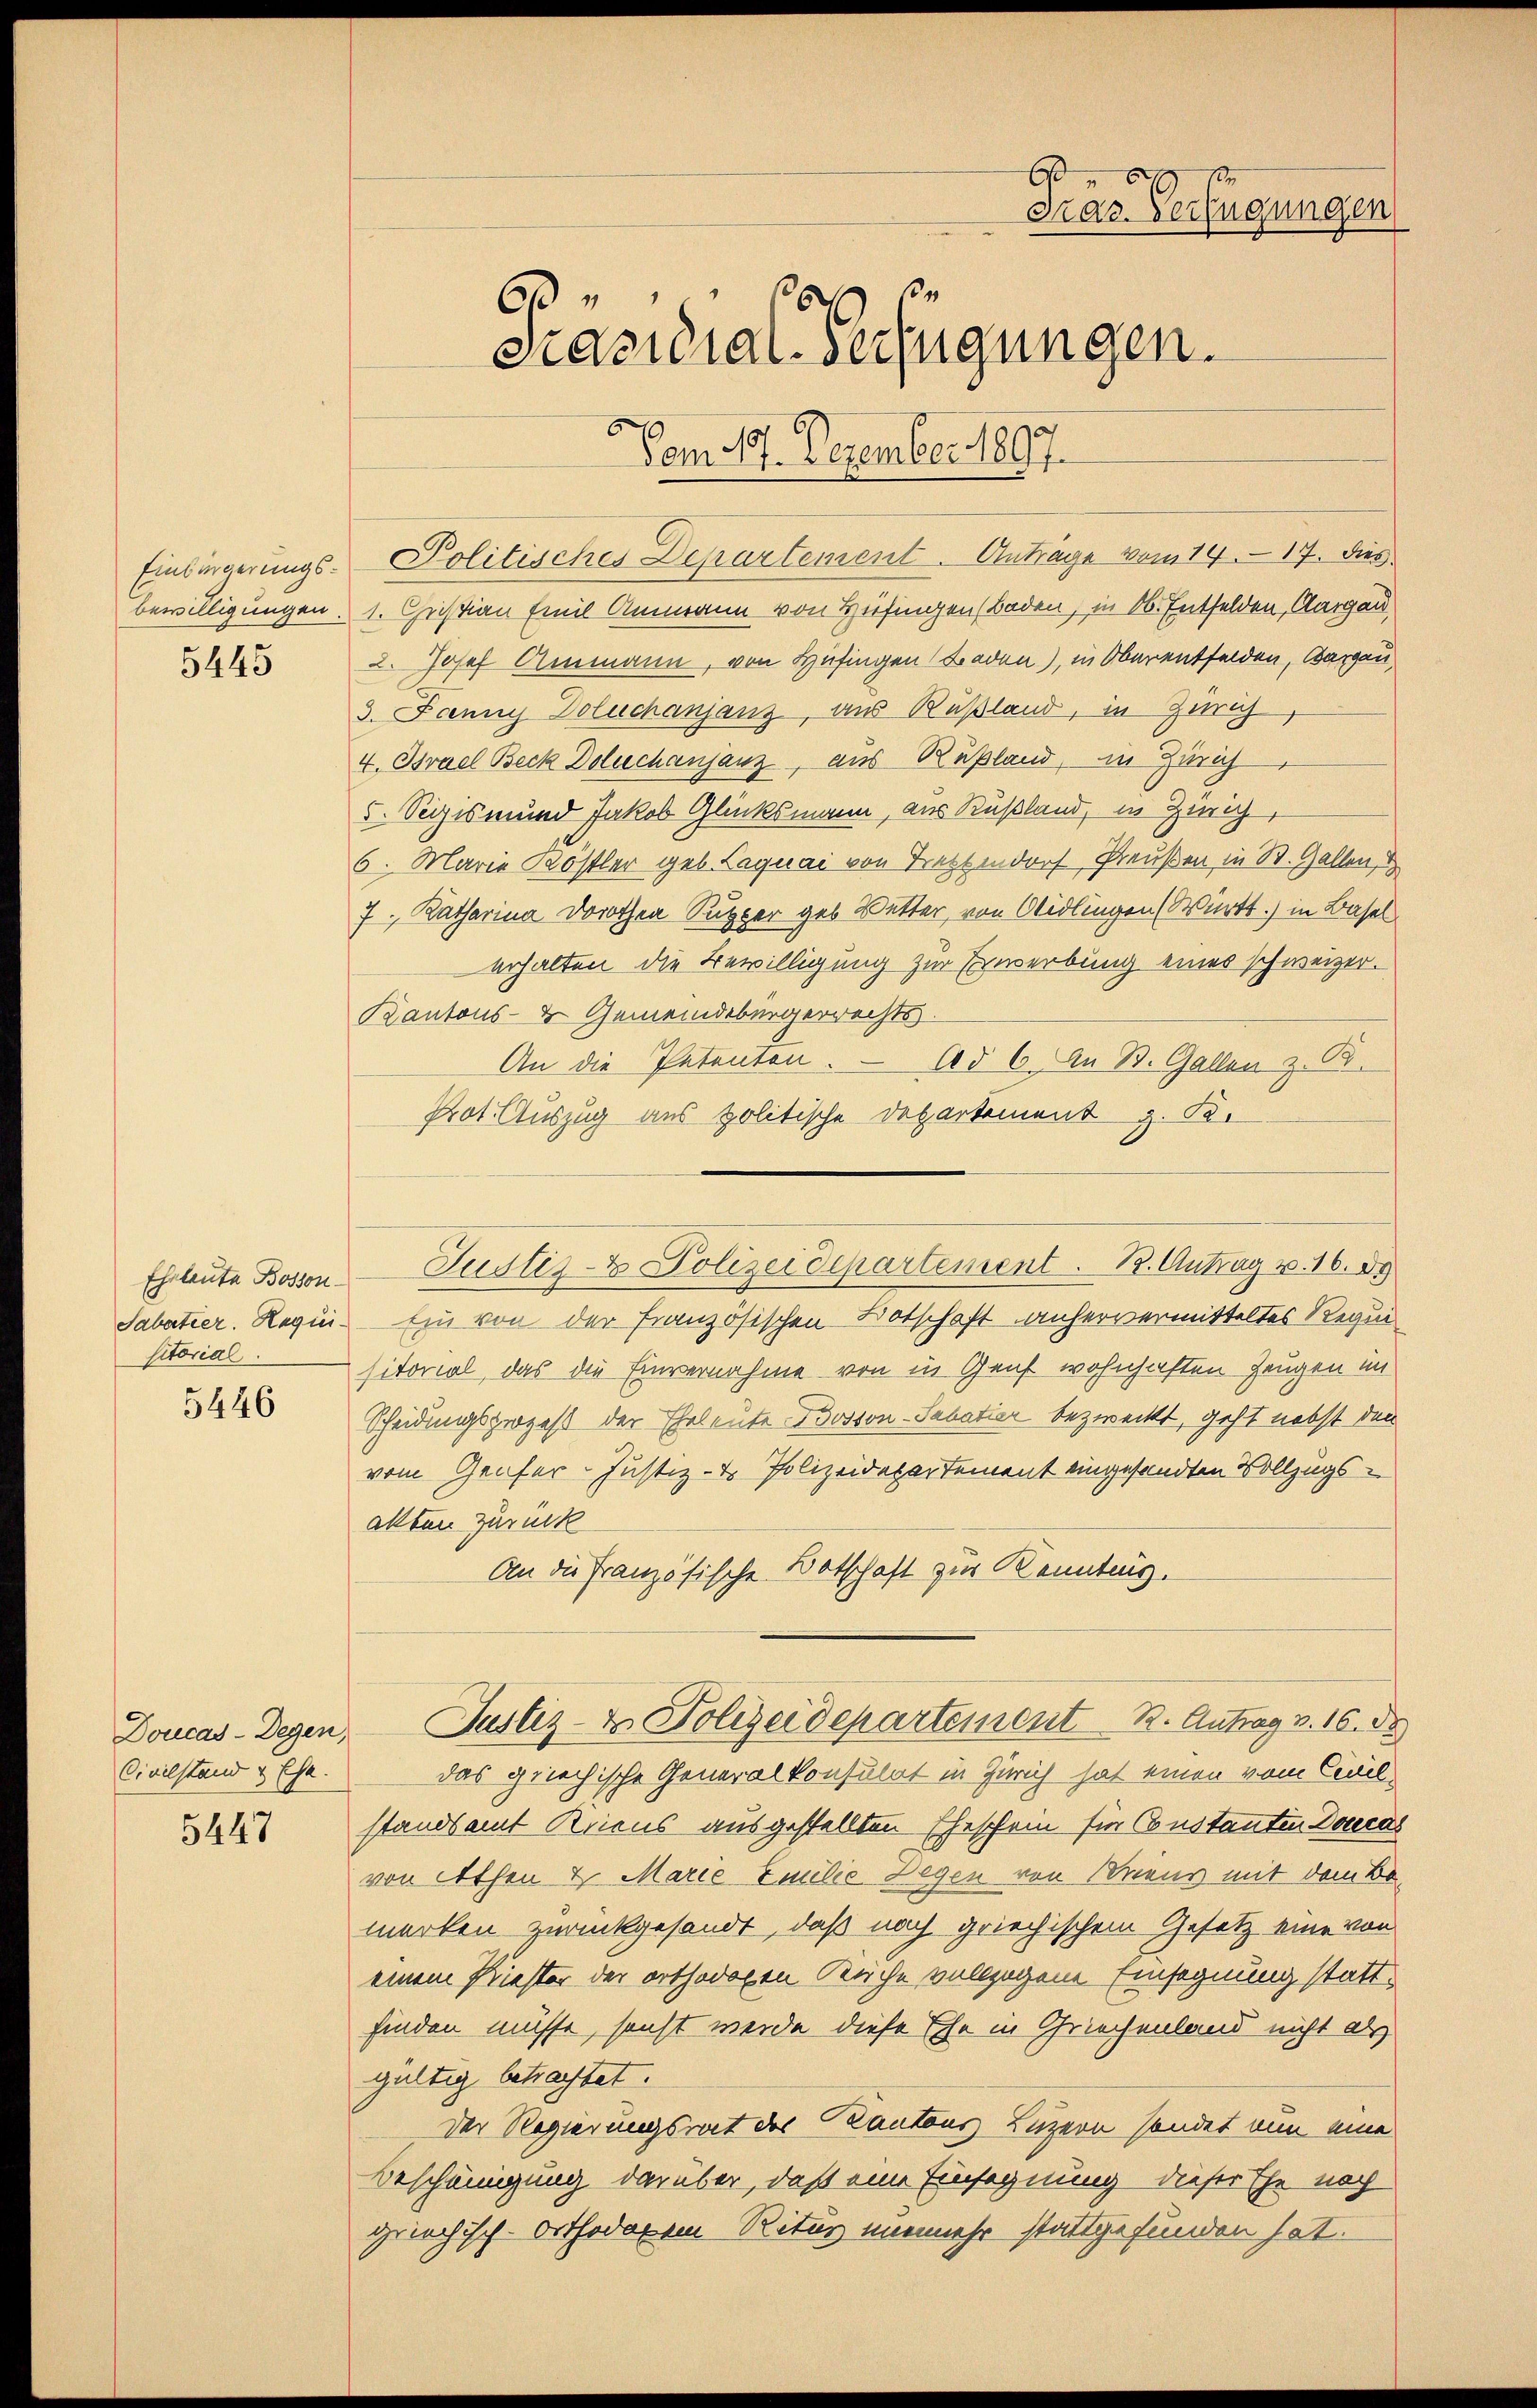
5445

sitorial.

5446

Civilstand & Ehe.

5447

Einbingerungs- Politisches Departement. Antrage vom 14. 17. dies
bewilligungen. 1. Christian Emil Ammann von Hüfingen (Baden, in 16. Entfelden, Aargau,
2. Josef Ammann, von Hüfingen Baden), in Oberentfelden, Bargau
3. Janny Doluchanjanz, aus Rußland, in Zürich
4. Brael Beck Doluchanjanz, aus Rußland, in Zürich
5. Sigismund Jakob Glücksmann, aus Rußland, in Zürich,
6. Marie Köstler geb. Laquai von Treszendorf, Preußen in St. Gallen,
7, Katharina Dorothea Supper geb. Wetter, von Aidlingen (Württ.) in Basel
erhalten die Bewilligung zur Erwerbung eines schweizer.
Kantons- & Gemeindebürgerrechts.
An die Petenten. — Ad 6. An B. Gallen z. B.
Prot. Auszug aus politische Departement z. B.
Sabatier. Hegii Ein von der französischen Botschaft anhervermitteltes Requisitorial, das die Einvernahme von in Genf wohnhaften Zeugen im
Scheidungsprozeß der Eheleute Bosson-Sabatier bezweckt, geht nebst den
vom Genfer-Justiz- & Polizeidepartement eingesandten Vollzugsallten zurück
An die Französische Botschaft zur Kenntnig.
Doucas-Degen, Justiz- & Polizeidepartement B. Antrag v. 16. ds.
das griechische Generalkonsulat in Zürich hat einen vom Civil
standsamt Kriens ausgestellten Eheschein für Constanten Docal
von Athen & Marie Emilie Degen von Briens mit dem Bemerken zurückgesandt, daß nach griechischem Gesetz eine von
einem Kriester der orthodoxen Kirche vollzogene Einsegnung stattfinden müsse, sonst werde diese Ehe in Griechenland nicht als
gültig betrachtet.
Der Regierungsrat des Kantons Luzern sendet nun eine
Beschängung darüber, daß eine Einsegnung dieser Ehe noch
griechisch-orthodenen Ritus nunmehr stattgefunden hat.

A
Kar. Verfügungen
.
63
Präsidial-Verfügungen.
Vom 11. Dezember 1897.

Eheleute Bosson Justiz- & Polizeidepartement. B. Antrag v. 16. 89